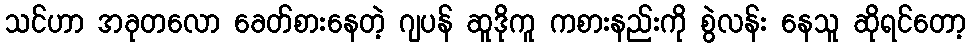
သင်ဟာ အခုတလော ခေတ်စားနေတဲ့ ဂျပန် ဆူဒိုကူ ကစားနည်းကို စွဲလန်း နေသူ ဆိုရင်တော့